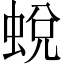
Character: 蛻